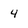
Character: 4